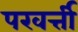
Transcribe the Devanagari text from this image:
परवर्त्ती